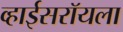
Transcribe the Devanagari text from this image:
व्हाईसरॉयला